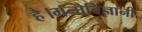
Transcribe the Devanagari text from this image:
है।मनोविज्ञानी